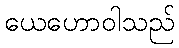
ယေဟောဝါသည်